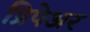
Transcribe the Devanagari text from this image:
प्रिपेअर